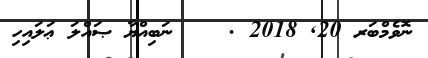
ނޮވެމްބަރ 20